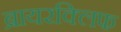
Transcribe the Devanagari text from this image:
ब्रायरक्लिफ